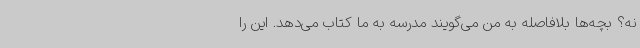
نه؟ بچه‌ها بلافاصله به من می‌گویند مدرسه به ما کتاب می‌دهد. این را